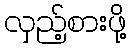
လှည့်စားဖို့